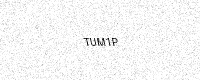
Text: TUM1P